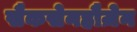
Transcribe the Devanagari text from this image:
सैकसेनहौज़ेन